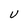
Character: U